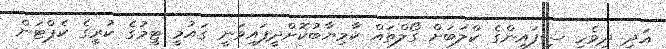
އަދި ދިވެހި ސިފައިންގެ ކްލަބަށް ގޯލްތައް ކާމިޔާބުކޮށްދީފައިވަނީ ގައުމީ ޓީމުގެ ކުރީގެ ކެޕްޓަން